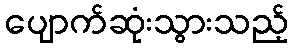
ပျောက်ဆုံးသွားသည့်